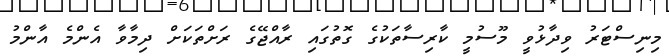
މިނިސްޓަރު ވިދާޅުވީ މޫސުމީ ކާރިސާތަކުގެ ގޮތުގައި ރާއްޖޭގެ ރަށްތަކަށް ދިމާވާ އެންމެ އާންމު